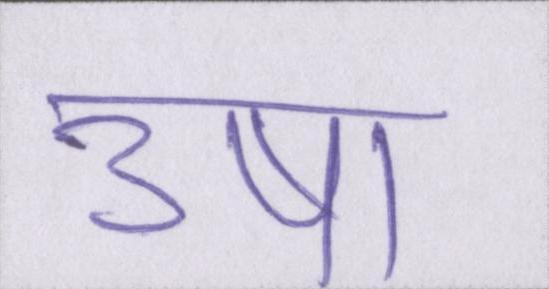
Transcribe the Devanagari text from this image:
उषा